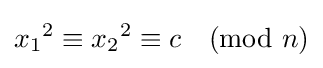
{x_{1}}^{2}\equiv {x_{2}}^{2}\equiv c{\pmod {n}}